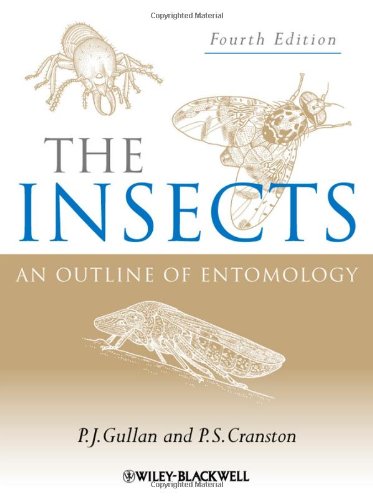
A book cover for The Insects: An Outline of Entomology; P. J. Gullan; Science & Math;